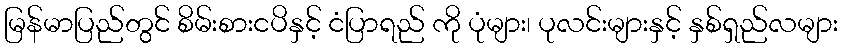
မြန်မာပြည်တွင် စိမ်းစားငပိနှင့် ငံပြာရည် ကို ပုံများ၊ ပုလင်းများနှင့် နှစ်ရှည်လများ